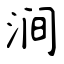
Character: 涧